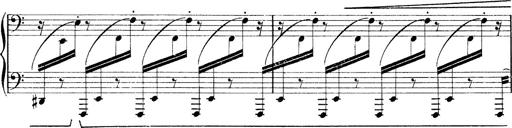
Title: Rapsodie: 19 ungheresi, 1 spagnuola
Composer: Franz Liszt